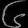
Digit: ၆